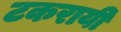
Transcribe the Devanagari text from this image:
टकरायी